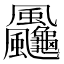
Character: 𩙠